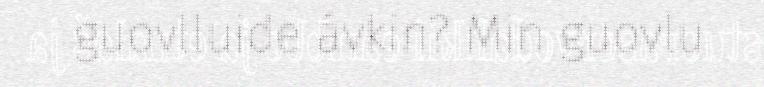
guovlluide ávkin? Min guovlu